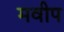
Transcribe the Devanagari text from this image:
मवीप